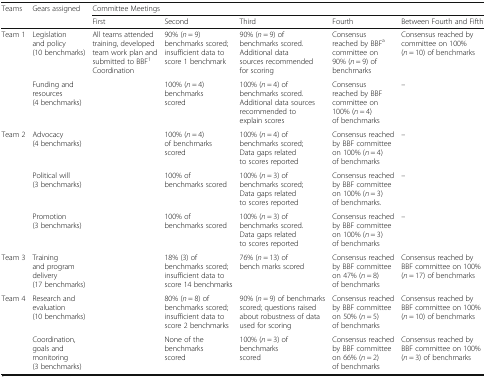
<table><thead><tr><td rowspan="2"><b>Teams</b></td><td rowspan="2"><b>Gears assigned</b></td><td colspan="5"><b>Committee Meetings</b></td></tr><tr><td><b>First</b></td><td><b>Second</b></td><td><b>Third</b></td><td><b>Fourth</b></td><td><b>Between Fourth and Fifth</b></td></tr></thead><tbody><tr><td rowspan="2">Team 1</td><td>Legislation and policy (10 benchmarks)</td><td rowspan="8">All teams attended training, developed team work plan and submitted to BBF<sup>1</sup> Coordination</td><td>90% (<i>n</i> = 9) benchmarks scored; insufficient data to score 1 benchmark</td><td>90% (<i>n</i> = 9) of benchmarks scored. Additional data sources recommended for scoring</td><td>Consensus reached by BBF<sup>a</sup> committee on 90% (<i>n</i> = 9) of benchmarks</td><td>Consensus reached by committee on 100% (<i>n</i> = 10) of benchmarks</td></tr><tr><td>Funding and resources (4 benchmarks)</td><td>100% (<i>n</i> = 4) benchmarks scored</td><td>100% (<i>n</i> = 4) of benchmarks scored. Additional data sources recommended to explain scores</td><td>Consensus reached by BBF committee on 100% (<i>n</i> = 4) of benchmarks</td><td>–</td></tr><tr><td rowspan="3">Team 2</td><td>Advocacy (4 benchmarks)</td><td>100% (<i>n</i> = 4) of benchmarks scored</td><td>100% (<i>n</i> = 4) of benchmarks scored; Data gaps related to scores reported</td><td>Consensus reached by BBF committee on 100% (<i>n</i> = 4) of benchmarks</td><td>–</td></tr><tr><td>Political will (3 benchmarks)</td><td>100% of benchmarks scored</td><td>100% (<i>n</i> = 3) of benchmarks scored; Data gaps related to scores reported</td><td>Consensus reached by BBF committee on 100% (<i>n</i> = 3) of benchmarks.</td><td>–</td></tr><tr><td>Promotion (3 benchmarks)</td><td>100% of benchmarks scored</td><td>100% (<i>n</i> = 3) of benchmarks scored. Data gaps related to scores reported</td><td>Consensus reached by BBF committee on 100% (<i>n</i> = 3) of benchmarks</td><td>–</td></tr><tr><td>Team 3</td><td>Training and program delivery (17 benchmarks)</td><td>18% (3) of benchmarks scored; insufficient data to score 14 benchmarks</td><td>76% (<i>n</i> = 13) of bench marks scored</td><td>Consensus reached by BBF committee on 47% (<i>n</i> = 8) of benchmarks</td><td>Consensus reached by BBF committee on 100% (<i>n</i> = 17) of benchmarks</td></tr><tr><td rowspan="2">Team 4</td><td>Research and evaluation (10 benchmarks)</td><td>80% (<i>n</i> = 8) of benchmarks scored; insufficient data to score 2 benchmarks</td><td>90% (<i>n</i> = 9) of benchmarks scored; questions raised about robustness of data used for scoring</td><td>Consensus reached by BBF committee on 50% (<i>n</i> = 5) of benchmarks</td><td>Consensus reached by BBF committee on 100% (<i>n</i> = 10) of benchmarks</td></tr><tr><td>Coordination, goals and monitoring (3 benchmarks)</td><td>None of the benchmarks scored</td><td>100% (<i>n</i> = 3) of benchmarks scored</td><td>Consensus reached by BBF committee on 66% (<i>n</i> = 2) of benchmarks</td><td>Consensus reached by BBF committee on 100% (<i>n</i> = 3) of benchmarks</td></tr></tbody></table>